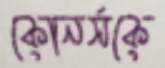
কোনর্সকে